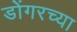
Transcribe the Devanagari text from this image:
डोंगरच्या